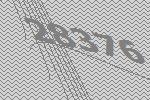
28376